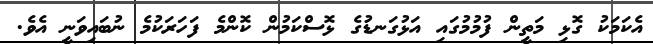
އެކަމަކު ގޮޅި މަތީން ފުމުމުގައި އަޅުގަނޑުގެ ޅޮސްކަމުން ކޮންމެ ފަހަރަކުމެ ނުބައިވަނީ އެވެ.